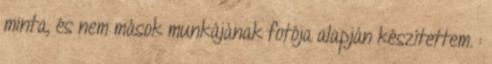
minta, és nem mások munkájának fotója alapján készítettem. :